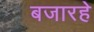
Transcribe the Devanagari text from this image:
बजारहे